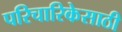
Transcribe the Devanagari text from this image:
परिचारिकेसाठी